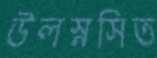
উলস্নসিত